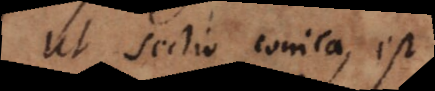
Ut sectio conica, est